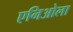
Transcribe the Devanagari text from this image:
एनिओला